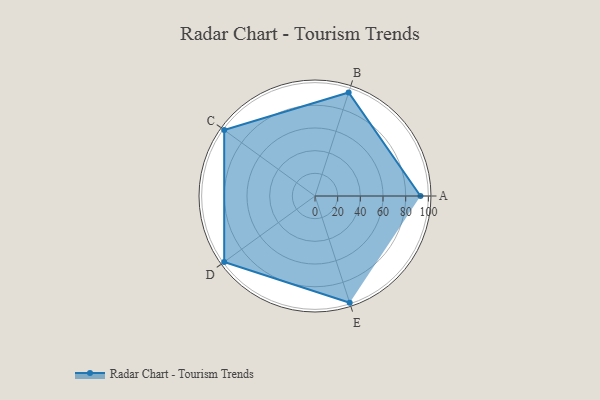
{"axis": {"x": "Skill", "y": "Score"}, "legend": ["Profile"], "data": [{"x": "A", "y": 93.0, "type": "Profile"}, {"x": "B", "y": 96.0, "type": "Profile"}, {"x": "C", "y": 99, "type": "Profile"}, {"x": "D", "y": 99, "type": "Profile"}, {"x": "E", "y": 99, "type": "Profile"}]}